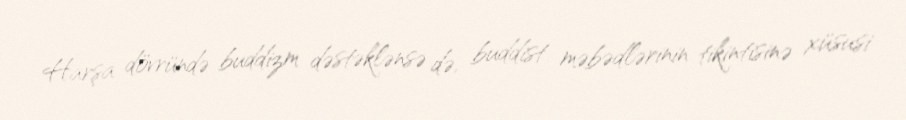
Harşa dövründə buddizm dəstəklənsə də, buddist məbədlərinin tikintisinə xüsusi